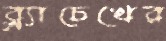
ব্ল্যাচেখের